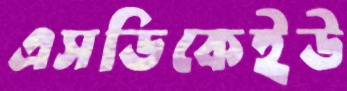
এসডিকেইউ